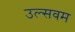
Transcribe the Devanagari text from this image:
उल्सवम